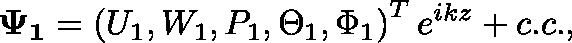
\mathbf { \Psi _ { 1 } } = \left( U _ { 1 } , W _ { 1 } , P _ { 1 } , \Theta _ { 1 } , \Phi _ { 1 } \right) ^ { T } e ^ { i k z } + c . c . ,